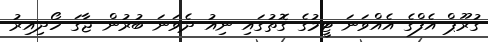
ގުރޫޕް އެފްގެ އެއްވަނަ ޓީމުގެ ގޮތުގައި ނިއު ދެވަނަ ބުރުން ޖާގަ ހޯދިއިރު